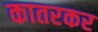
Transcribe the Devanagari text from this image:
कातरकर